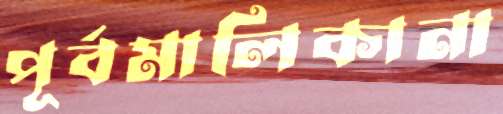
পূর্বমালিকানা